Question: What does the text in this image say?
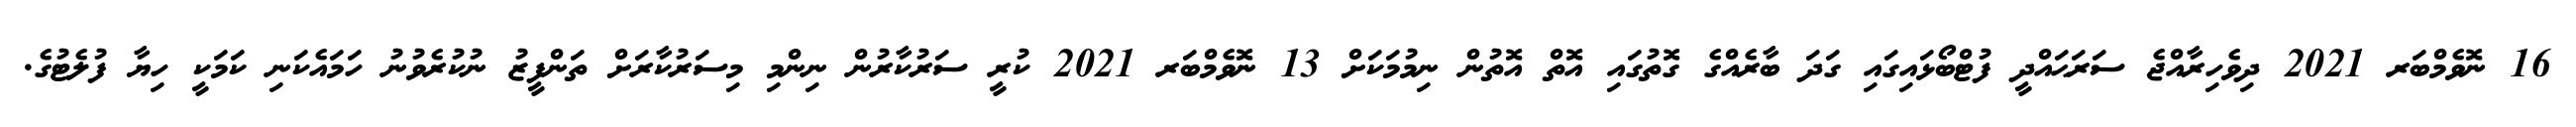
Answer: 16 ނޮވެމްބަރ 2021 ދިވެހިރާއްޖެ ސަރަޙައްދީ ފުޓްބޯޅައިގައި ގަދަ ބާރެއްގެ ގޮތުގައި އޮތް އޮތުން ނިމުމަކަށް 13 ނޮވެމްބަރ 2021 ކުރީ ސަރުކާރުން ނިންމި މިސަރުކާރަށް ތަންފީޒު ނުކުރެވުނު ހަމައެކަނި ކަމަކީ ހިޔާ ފުލެޓުގެ.